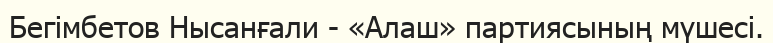
Бегімбетов Нысанғали - «Алаш» партиясының мүшесі.